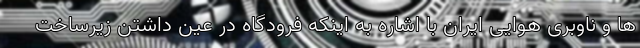
ها و ناوبری هوایی ایران با اشاره به اینکه فرودگاه در عین داشتن زیرساخت